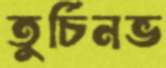
তুর্চিনভ